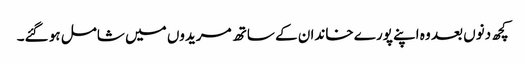
کچھ دنوں بعد وہ اپنے پورے خاندان کے ساتھ مریدوں میں شامل ہو گئے۔